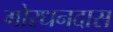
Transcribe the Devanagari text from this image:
गोरधनदास